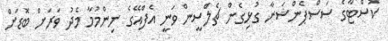
ކޮސްޓާގެ ސަސްޕެންޝަނާ ގުޅިގެން ޗެލްސީން ވަނީ އެފްއޭގެ ނިންމުމާ މެދު ވަރަށް ބޮޑަށް